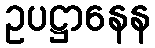
ဥပဋ္ဌာနေန